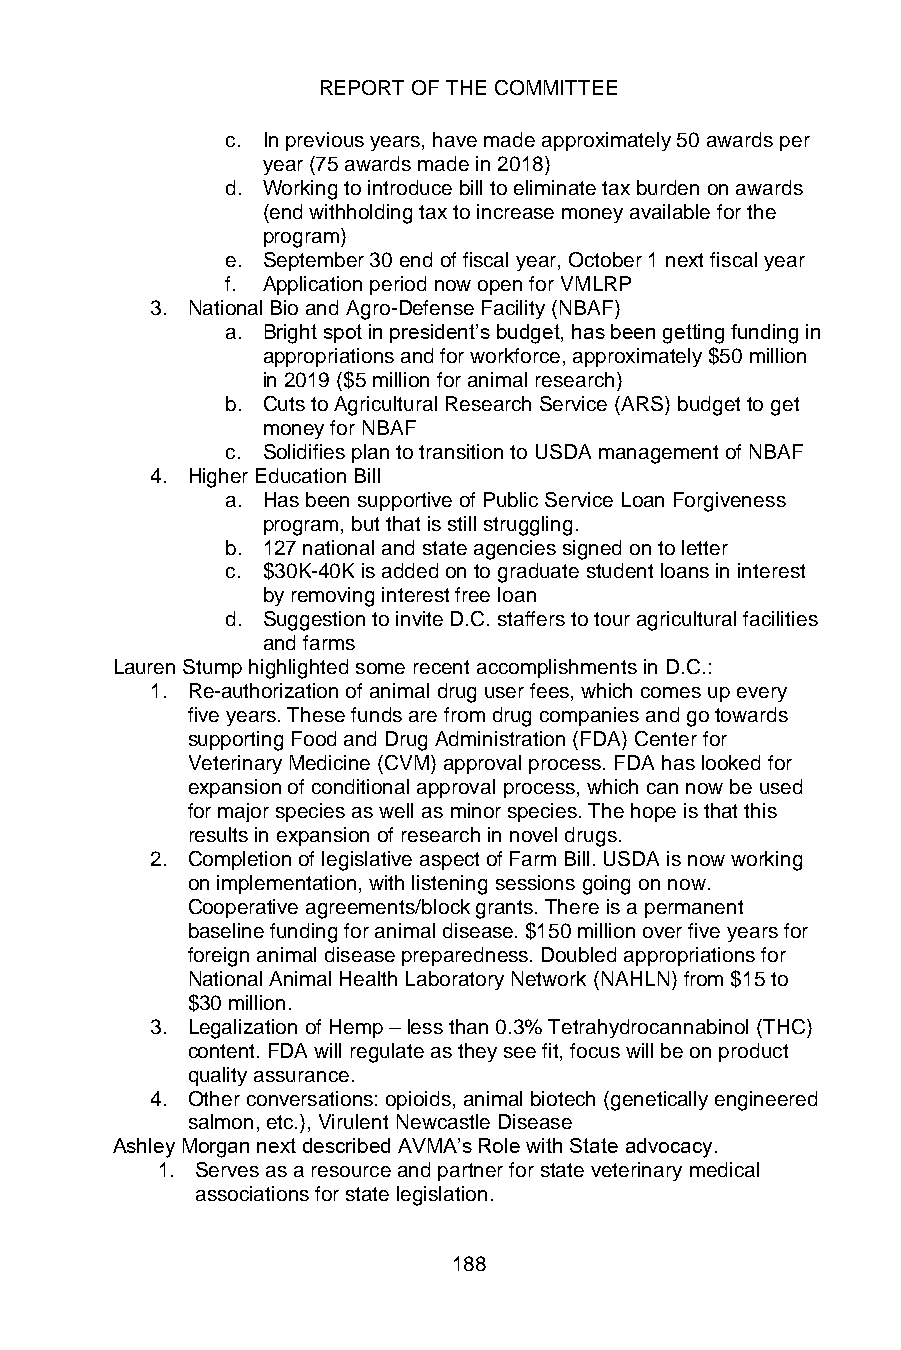
REPORT OF THE COMMITTEE
 c. In previous years, have made approximately 50 awards per
 year (75 awards made in 2018)
 d. Working to introduce bill to eliminate tax burden on awards
 (end withholding tax to increase money available for the
 program)
 e. September 30 end of fiscal year, October 1 next fiscal year
 f. Application period now open for VMLRP
 3. National Bio and Agro-Defense Facility (NBAF)
 a. Bright spot in president’s budget, has been getting funding in
 appropriations and for workforce, approximately $50 million
 in 2019 ($5 million for animal research)
 b. Cuts to Agricultural Research Service (ARS) budget to get
 money for NBAF
 c. Solidifies plan to transition to USDA management of NBAF
 4. Higher Education Bill
 a. Has been supportive of Public Service Loan Forgiveness
 program, but that is still struggling.
 b. 127 national and state agencies signed on to letter
 c. $30K-40K is added on to graduate student loans in interest
 by removing interest free loan
 d. Suggestion to invite D.C. staffers to tour agricultural facilities
 and farms
 Lauren Stump highlighted some recent accomplishments in D.C.:
 1. Re-authorization of animal drug user fees, which comes up every
 five years. These funds are from drug companies and go towards
 supporting Food and Drug Administration (FDA) Center for
 Veterinary Medicine (CVM) approval process. FDA has looked for
 expansion of conditional approval process, which can now be used
 for major species as well as minor species. The hope is that this
 results in expansion of research in novel drugs.
 2. Completion of legislative aspect of Farm Bill. USDA is now working
 on implementation, with listening sessions going on now.
 Cooperative agreements/block grants. There is a permanent
 baseline funding for animal disease. $150 million over five years for
 foreign animal disease preparedness. Doubled appropriations for
 National Animal Health Laboratory Network (NAHLN) from $15 to
 $30 million.
 3. Legalization of Hemp – less than 0.3% Tetrahydrocannabinol (THC)
 content. FDA will regulate as they see fit, focus will be on product
 quality assurance.
 4. Other conversations: opioids, animal biotech (genetically engineered
 salmon, etc.), Virulent Newcastle Disease
 Ashley Morgan next described AVMA’s Role with State advocacy.
 1. Serves as a resource and partner for state veterinary medical
 associations for state legislation.
 188